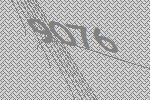
9076